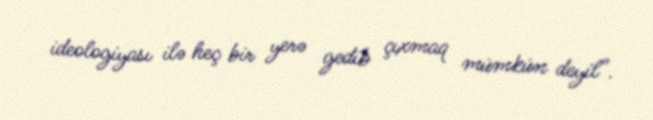
ideologiyası ilə heç bir yerə gedib çıxmaq mümkün deyil".